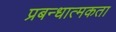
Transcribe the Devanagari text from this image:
प्रबन्धात्मकता